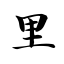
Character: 里